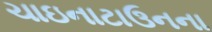
ચાઇનાટાઉનના